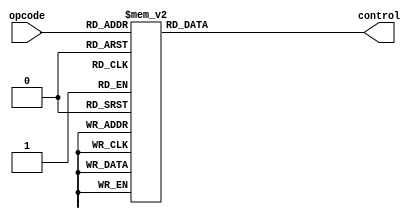
module decoder3to8(input [2:0] opcode, output reg [7:0] control);
   always @(*) begin
      case (opcode)
         3'b000: control = 8'b0000_0000;
         3'b001: control = 8'b0000_0001;
         3'b010: control = 8'b0000_0010;
         3'b011: control = 8'b0000_0100;
         3'b100: control = 8'b0000_1000;
         3'b101: control = 8'b0001_0000;
         3'b110: control = 8'b0010_0000;
         3'b111: control = 8'b0100_0000;
         default: control = 8'bx;
      endcase
   end
endmodule